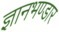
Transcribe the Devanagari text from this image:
ज्ञानभण्डार